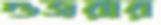
গুজরার